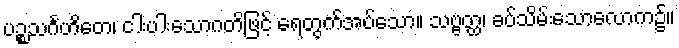
ပဉ္စသင်္ဂဟိတေ၊ ငါးပါးသောဂတိဖြင့် ရေတွက်အပ်သော။ သဗ္ဗတ္ထ၊ ခပ်သိမ်းသောလောက၌။